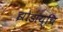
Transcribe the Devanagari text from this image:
झोडाय्चि